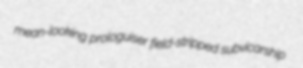
mean-looking prologuiser field-stripped subvicarship